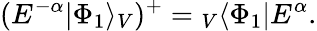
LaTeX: (E^{-\alpha}|\Phi_{1}\rangle_{V})^{+}={}_{V}\langle\Phi_{1}|E^{\alpha}.